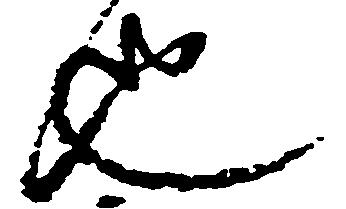
也